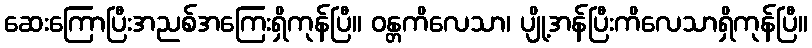
ဆေးကြောပြီးအညစ်အကြေးရှိကုန်ပြီ။ ဝန္တကိလေသာ၊ ပျို့အန်ပြီးကိလေသာရှိကုန်ပြီ။